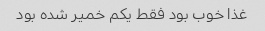
غذا خوب بود فقط یکم خمیر شده بود